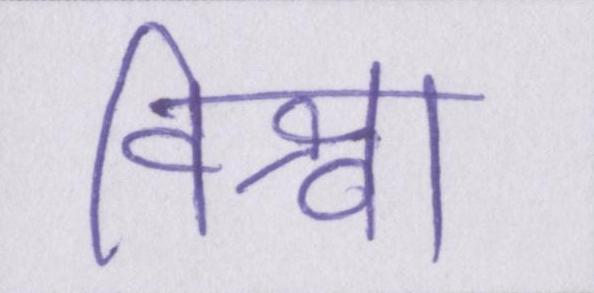
विश्वा